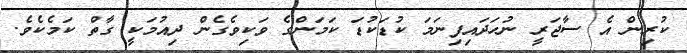
ކުރިން އެ ސާޖަރީ ނުހަދައިފިނަމަ ކުޑަކުޑަ ކަމަންގެ ވަކިވެގެން ދިއުމަކީ ގާތް ކަމެކެވެ.